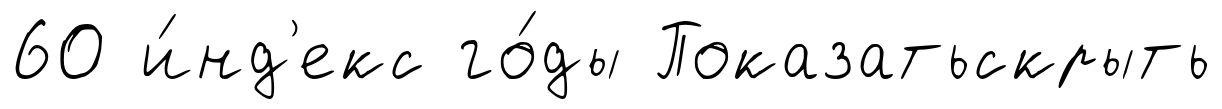
60 и́нд'екс го́ды Показатьскрыть